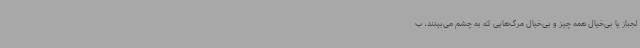
لجباز یا بی‌خیال همه چیز و بی‌خیال مرگ‌هایی که به چشم می‌بینند، ب